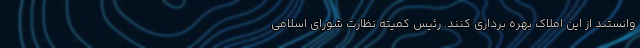
وانستند از این املاک بهره برداری کنند. رئیس کمیته نظارت شورای اسلامی